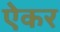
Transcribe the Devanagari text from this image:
ऐकर